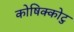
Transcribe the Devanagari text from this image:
कोषिक्कोटु